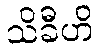
သိခီဟိ